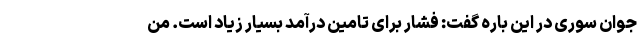
جوان سوری در این باره گفت: فشار برای تامین درآمد بسیار زیاد است. من